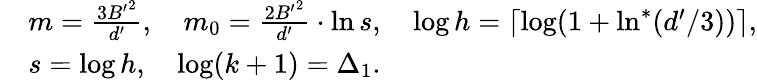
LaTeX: \begin{array}{rl}&{m=\frac{3{B^{\prime}}^{2}}{d^{\prime}},\quad m_{0}=\frac{2{B^{\prime}}^{2}}{d^{\prime}}\cdot\ln s,\quad\log h=\left\lceil\log(1+\ln^{\ast}(d^{\prime}/3))\right\rceil,}\\ &{s=\log h,\quad\log(k+1)=\Delta_{1}.}\end{array}